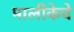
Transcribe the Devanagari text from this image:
मालीकेचे